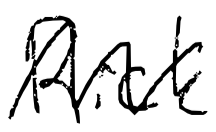
Text: Rick
Cross-out: mix
Writing tool: digital_black